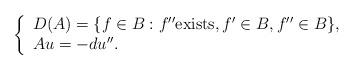
LaTeX: \begin{align*}\left\{\begin{array}{l} D(A) = \{f\in B: f'' \mbox{exists},f'\in B,f''\in B\}, \\ Au = -du''.\end{array}\right.\end{align*}